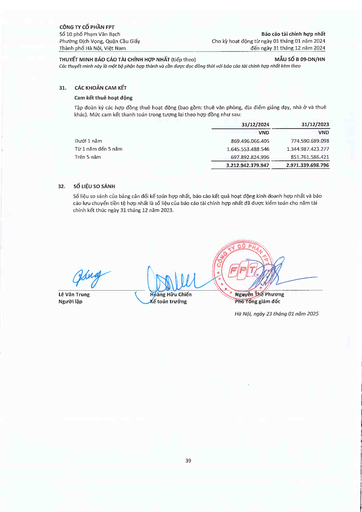
||31/12/2024|31/12/2023| |---|---|---| ||VND|VND| |Dưới 1 năm|869.496.066.405|774.590.689.098| |Từ 1 năm đến 5 năm|1.645.553.488.546|1.344.987.423.277| |Trên 5 năm|697.892.824.996|851.761.586.421| ||3.212.942.379.947|2.971.339.698.796|